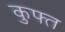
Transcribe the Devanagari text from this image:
कुफ्त